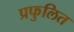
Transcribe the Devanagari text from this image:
प्रफुलित